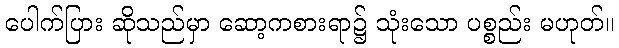
ပေါက်ပြား ဆိုသည်မှာ ဆော့ကစားရာ၌ သုံးသော ပစ္စည်း မဟုတ်။